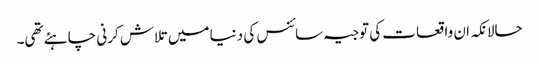
حالانکہ ان واقعات کی توجیہ سائنس کی دنیا میں تلاش کرنی چاہئے تھی۔